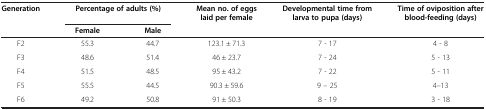
<table><thead><tr><td><b>Generation</b></td><td colspan="2"><b>Percentage of adults (%)</b></td><td><b>Mean no. of eggs laid per female</b></td><td><b>Developmental time from larva to pupa (days)</b></td><td><b>Time of oviposition after blood-feeding (days)</b></td></tr><tr><td><b> </b></td><td><b>Female</b></td><td><b>Male</b></td><td><b> </b></td><td><b> </b></td><td><b> </b></td></tr></thead><tbody><tr><td>F2</td><td>55.3</td><td>44.7</td><td>123.1 ± 71.3</td><td>7 - 17</td><td>4 - 8</td></tr><tr><td>F3</td><td>48.6</td><td>51.4</td><td>46 ± 23.7</td><td>7 - 24</td><td>5 - 13</td></tr><tr><td>F4</td><td>51.5</td><td>48.5</td><td>95 ± 43.2</td><td>7 - 22</td><td>5 - 11</td></tr><tr><td>F5</td><td>55.5</td><td>44.5</td><td>90.3 ± 59.6</td><td>9 – 25</td><td>4–13</td></tr><tr><td>F6</td><td>49.2</td><td>50.8</td><td>91 ± 50.3</td><td>8 - 19</td><td>3 - 18</td></tr></tbody></table>